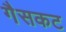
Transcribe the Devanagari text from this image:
गैसकट